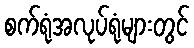
စက်ရုံအလုပ်ရုံများတွင်